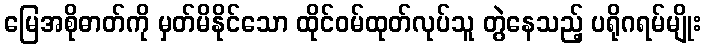
မြေအစိုဓာတ်ကို မှတ်မိနိုင်သော ထိုင်ဝမ်ထုတ်လုပ်သူ တွဲနေသည့် ပရိုဂရမ်မျိုး